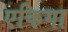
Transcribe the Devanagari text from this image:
एकिगा